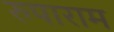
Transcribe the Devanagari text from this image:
रुपाराम